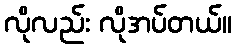
လိုလည်း လိုအပ်တယ်။